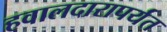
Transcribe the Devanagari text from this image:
हवालदारापर्यंत